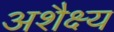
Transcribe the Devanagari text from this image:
अशैक्ष्य